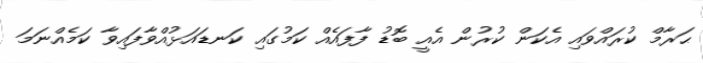
ޙަރާމް ކުރައްވައި އެކަން ކުރުން އެއީ ބޮޑު ފާފައެއް ކަމުގައި ކަނޑައަޅުއްވާފައިވާ ކަމެއްނަމަ